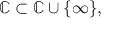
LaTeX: \mathbb { C } \subset \mathbb { C } \cup \{ \infty \} ,